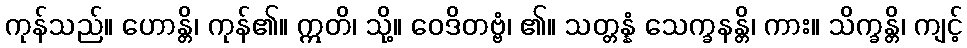
ကုန်သည်။ ဟောန္တိ၊ ကုန်၏။ ဣတိ၊ သို့။ ဝေဒိတဗ္ဗံ၊ ၏။ သတ္တန္နံ သေက္ခနန္တိ၊ ကား။ သိက္ခန္တိ၊ ကျင့်